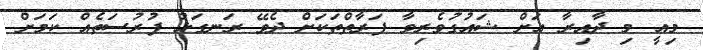
މިއީ މި ދާއިރާ އަށް ޝައުގުވެރިވާ ފަރާތްތަކަށް ދެވޭ ރަނގަޅު ފުރުސަތެއް ކަމަށް